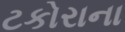
ટકોરાના